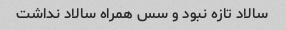
سالاد تازه نبود و سس همراه سالاد نداشت